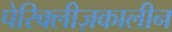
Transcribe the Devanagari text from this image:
पेरिक्लीज़कालीन